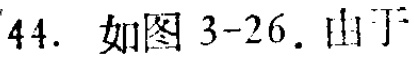
44. 如图3-26. 由于